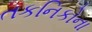
તકનિકોના